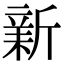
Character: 𣂺